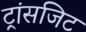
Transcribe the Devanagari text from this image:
ट्रांसजिट